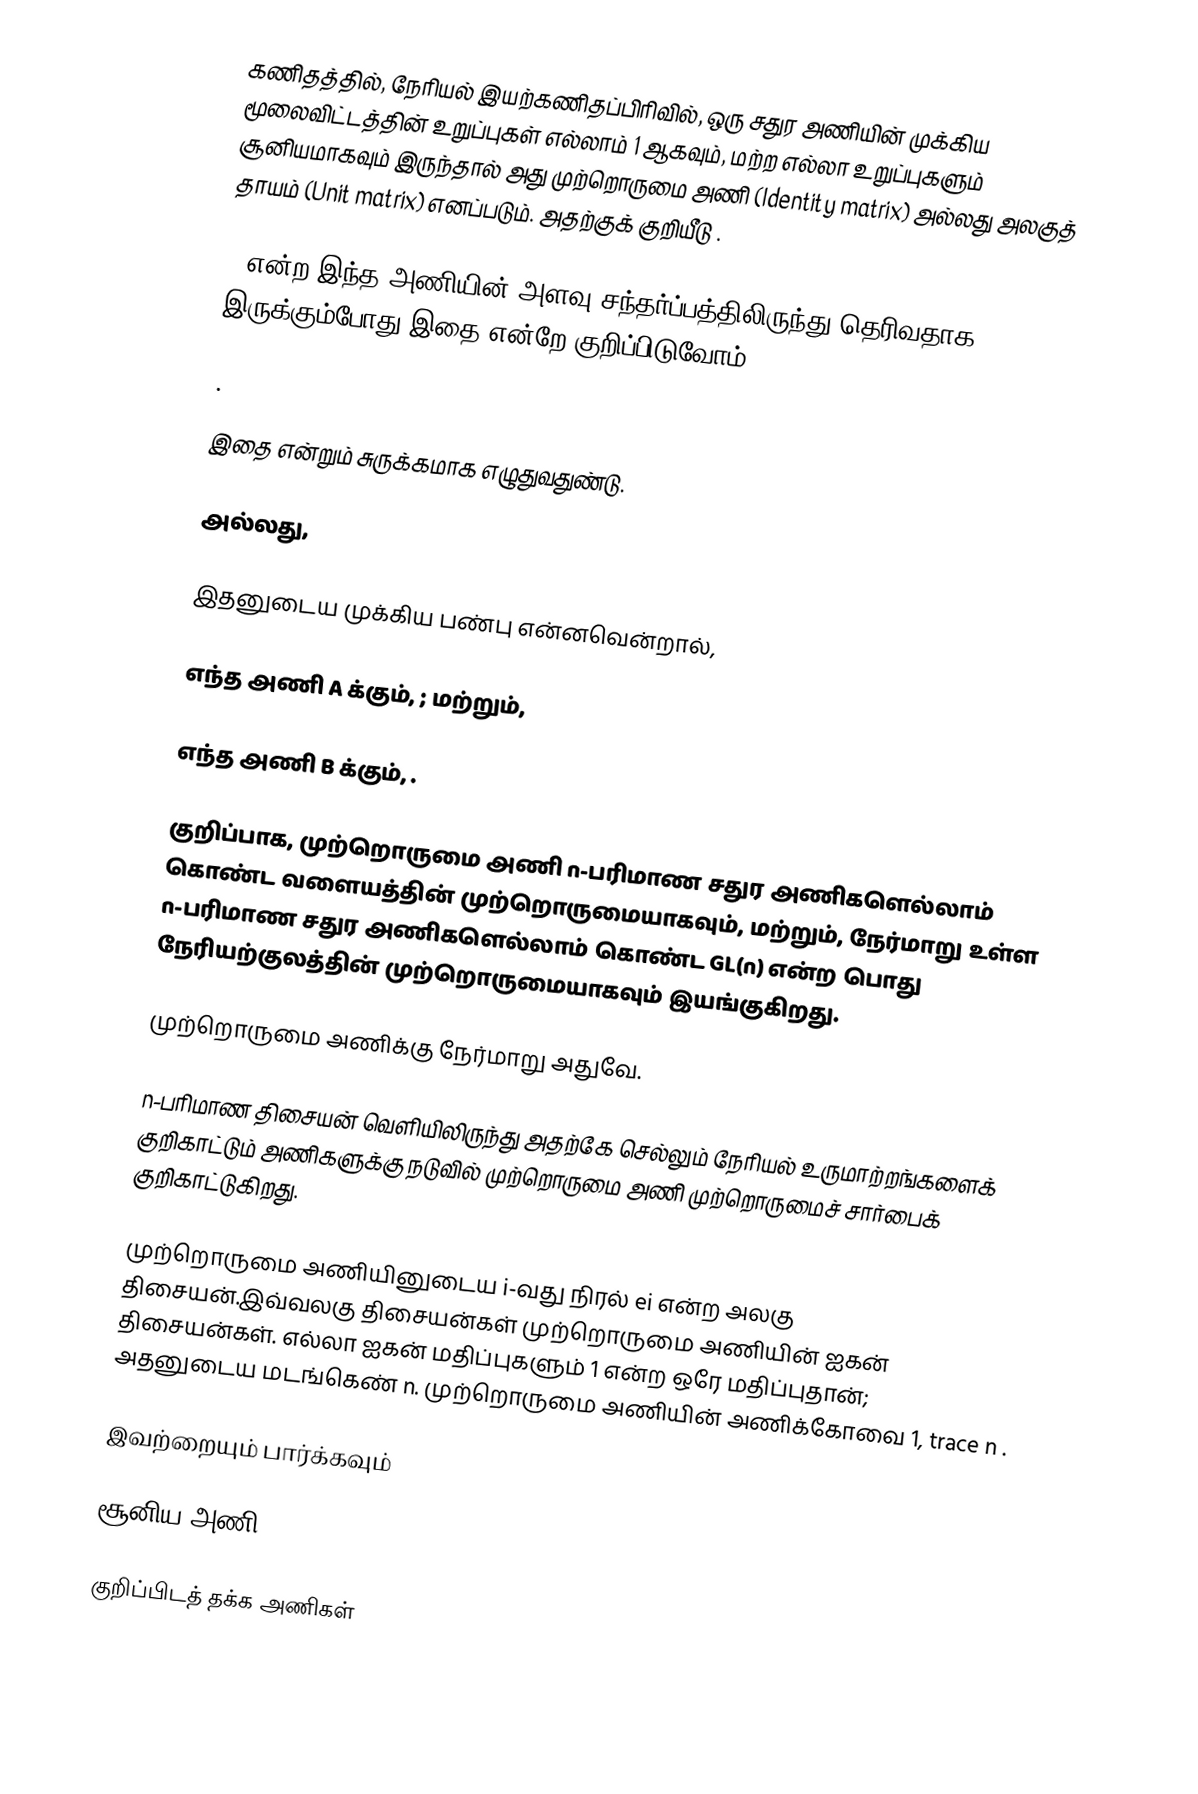
கணிதத்தில், நேரியல் இயற்கணிதப்பிரிவில், ஒரு  சதுர அணியின் முக்கிய மூலைவிட்டத்தின் உறுப்புகள் எல்லாம் 1 ஆகவும், மற்ற எல்லா உறுப்புகளும் சூனியமாகவும் இருந்தால் அது முற்றொருமை அணி (Identity matrix) அல்லது அலகுத் தாயம் (Unit matrix) எனப்படும். அதற்குக் குறியீடு  .

n என்ற இந்த அணியின்  அளவு சந்தர்ப்பத்திலிருந்து தெரிவதாக இருக்கும்போது இதை   என்றே குறிப்பிடுவோம்.

.

இதை     என்றும் சுருக்கமாக எழுதுவதுண்டு.

அல்லது,

இதனுடைய முக்கிய பண்பு  என்னவென்றால்,

எந்த   அணி  A க்கும், ; மற்றும்,

எந்த   அணி  B க்கும், .

குறிப்பாக, முற்றொருமை அணி n-பரிமாண சதுர அணிகளெல்லாம் கொண்ட வளையத்தின் முற்றொருமையாகவும், மற்றும், நேர்மாறு உள்ள n-பரிமாண சதுர அணிகளெல்லாம் கொண்ட GL(n) என்ற பொது நேரியற்குலத்தின் முற்றொருமையாகவும் இயங்குகிறது.

முற்றொருமை அணிக்கு நேர்மாறு அதுவே.

n-பரிமாண திசையன் வெளியிலிருந்து அதற்கே செல்லும் நேரியல் உருமாற்றங்களைக் குறிகாட்டும்   அணிகளுக்கு நடுவில்  முற்றொருமை அணி முற்றொருமைச் சார்பைக் குறிகாட்டுகிறது.

முற்றொருமை அணியினுடைய  i-வது நிரல் ei என்ற அலகு திசையன்.இவ்வலகு திசையன்கள் முற்றொருமை அணியின் ஐகன் திசையன்கள். எல்லா ஐகன் மதிப்புகளும் 1 என்ற ஒரே மதிப்புதான்; அதனுடைய மடங்கெண் n. முற்றொருமை அணியின் அணிக்கோவை 1, trace n .

இவற்றையும் பார்க்கவும்

சூனிய அணி

 குறிப்பிடத் தக்க அணிகள்